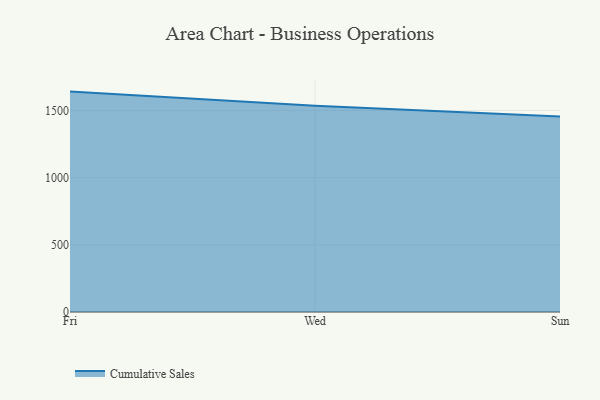
{"axis": {"x": "Day", "y": "Humidity (%)"}, "legend": ["Cumulative Sales"], "data": [{"x": "Fri", "y": 1640.6, "type": "Cumulative Sales"}, {"x": "Wed", "y": 1534.9, "type": "Cumulative Sales"}, {"x": "Sun", "y": 1456.1, "type": "Cumulative Sales"}]}